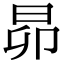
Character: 昴